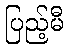
ပြည့်မီ